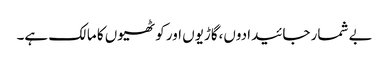
بے شمار جائیدادوں،گاڑیوں اور کوٹھیوں کا مالک ہے۔